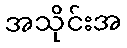
အသိုင်းအ